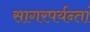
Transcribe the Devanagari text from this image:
सागरपर्यन्तां